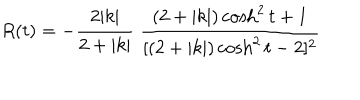
LaTeX: R ( t ) = - \frac { 2 | k | } { 2 + | k | } \; \frac { ( 2 + | k | ) \cosh ^ { 2 } t + 1 } { [ ( 2 + | k | ) \cosh ^ { 2 } t - 2 ] ^ { 2 } }